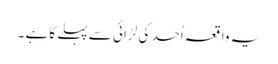
یہ واقعہ اُحد کی لڑائی سے پہلے کا ہے ۔